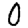
Digit: 0